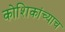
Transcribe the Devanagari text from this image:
कोशिकांच्याच